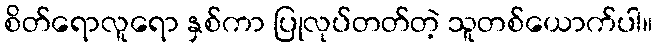
စိတ်ရောလူရော နှစ်ကာ ပြုလုပ်တတ်တဲ့ သူတစ်ယောက်ပါ။